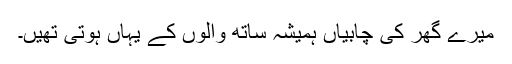
میرے گھر کی چابیاں ہمیشہ ساتھ والوں کے یہاں ہوتی تھیں۔